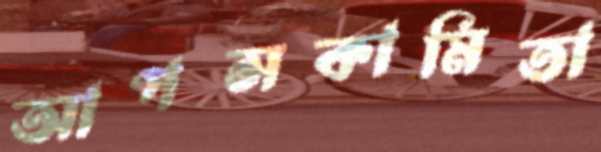
আপসকামিতা